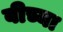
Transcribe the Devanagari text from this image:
बीच्या